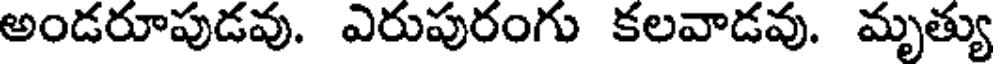
అండరూపుడవు. ఎరుపురంగు కలవాడవు. మృత్యు